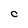
Character: C